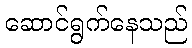
ဆောင်ရွက်နေသည်